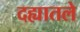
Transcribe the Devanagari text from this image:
दह्यातले